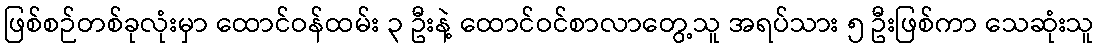
ဖြစ်စဉ်တစ်ခုလုံးမှာ ထောင်ဝန်ထမ်း ၃ ဦးနဲ့ ထောင်ဝင်စာလာတွေ့သူ အရပ်သား ၅ ဦးဖြစ်ကာ သေဆုံးသူ